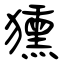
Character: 獯